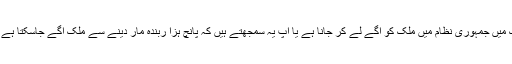
ان کاکہناتھاکہ مصراور چینی ماڈل پر کام کرسکتے ہیں تو عمران خان کو یہ چیز دیکھنی چاہیے کہ ملک میں جمہوری نظام میں ملک کو آگے لے کر جانا ہے یا آپ یہ سمجھتے ہیں کہ پانچ ہزا ربندہ مار دینے سے ملک آگے جاسکتا ہے تو ہندوستان کی تاریخ میں تو ہزاروں لاکھوں لوگ مارے گئے ہیں لیکن مسائل وہیں کےوہیں کھڑے ہیں۔